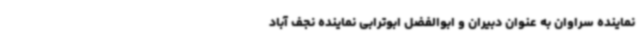
نماینده سراوان به عنوان دبیران و ابوالفضل ابوترابی نماینده نجف آباد